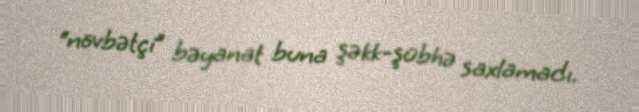
“növbətçi” bəyanat buna şəkk-şübhə saxlamadı.